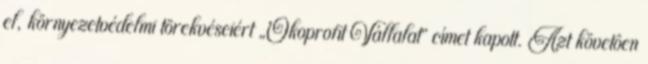
el, környezetvédelmi törekvéseiért „Ökoprofit Vállalat” címet kapott. Azt követôen